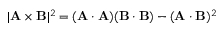
| \mathbf { A } \times \mathbf { B } | ^ { 2 } = ( \mathbf { A } \cdot \mathbf { A } ) ( \mathbf { B } \cdot \mathbf { B } ) - ( \mathbf { A } \cdot \mathbf { B } ) ^ { 2 }